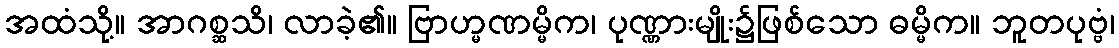
အထံသို့။ အာဂစ္ဆသိ၊ လာခဲ့၏။ ဗြာဟ္မဏမ္မိက၊ ပုဏ္ဏားမျိုး၌ဖြစ်သော ဓမ္မိက။ ဘူတပုဗ္ဗံ၊